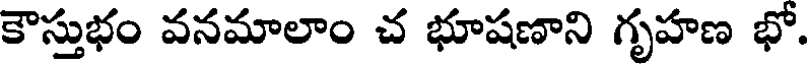
కౌస్తుభం వనమాలాం చ భూషణాని గృహణ భో.